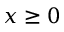
x \ge 0